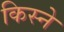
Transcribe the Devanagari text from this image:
किस्ने